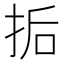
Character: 㧨